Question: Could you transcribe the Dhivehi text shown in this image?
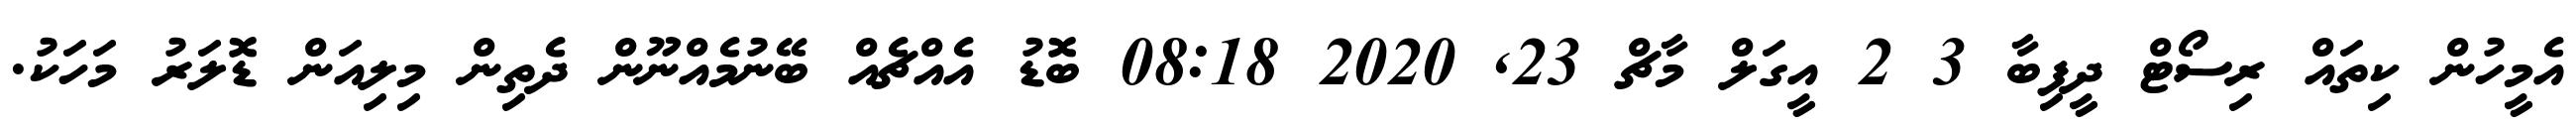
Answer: އެމީހުން ކިތައް ރިސޯޓް ދީފިބާ 3 2 އީގަލް މާޗް 23, 2020 08:18 ބޮޑު އެއްޗެއް ބޭނުމެއްނޫން ދެތިން މިލިއަން ޑޮލަރު މަހަކު.